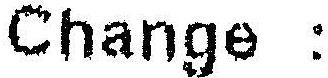
CHANGE :